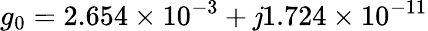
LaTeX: g_{0}=2.654\times10^{-3}+\mathit{j}1.724\times10^{-11}